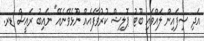
އަދި ސިފައިން ލައްވައި ބޫޓު ޕޮލިޝް ކުރުވާފައެއް ނޫޅެވޭނެއޭ" ނައިބު ރައީސް ޑރ.